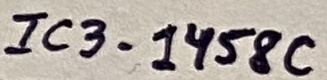
Text: IC3-1458C